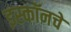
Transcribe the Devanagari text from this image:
इस्कॉनचे